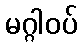
မဂ္ဂါဝပ်